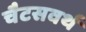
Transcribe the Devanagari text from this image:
चैटसवर्थ